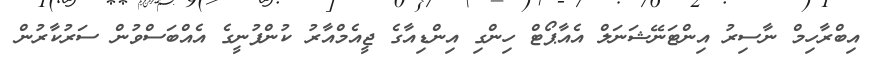
އިބްރާހިމް ނާސިރު އިންޓަނޭޝަނަލް އެއާޕޯޓް ހިންގި އިންޑިއާގެ ޖީއެމްއާރު ކުންފުނީގެ އެއްބަސްވުން ސަރުކާރުން